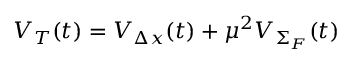
{ \cal V } _ { T } ( t ) = { \cal V } _ { \Delta x } ( t ) + \mu ^ { 2 } { \cal V } _ { \Sigma _ { F } } ( t )